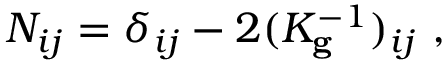
N _ { i j } = \delta _ { i j } - 2 ( K _ { \mathbf { g } } ^ { - 1 } ) _ { i j } ~ ,